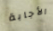
الأجابة